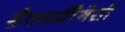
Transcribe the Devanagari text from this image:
सैक्सफ्रीैगेसी